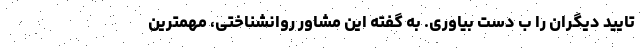
تایید دیگران را ب دست بیاوری. به گفته این مشاور روانشناختی، مهمترین